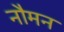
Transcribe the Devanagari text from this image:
नौमन